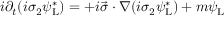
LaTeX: i \partial _ { t } ( i \sigma _ { 2 } \psi _ { \mathrm { { L } } } ^ { * } ) = + i { \vec { \sigma } } \cdot \nabla ( i \sigma _ { 2 } \psi _ { \mathrm { { L } } } ^ { * } ) + m \psi _ { \mathrm { { L } } }